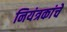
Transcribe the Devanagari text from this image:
नियंत्रकांचे